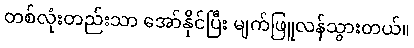
တစ်လုံးတည်းသာ အော်နိုင်ပြီး မျက်ဖြူလန်သွားတယ်။